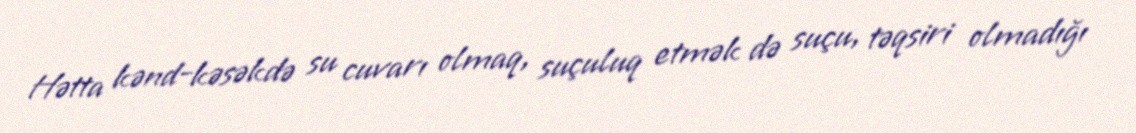
Hətta kənd-kəsəkdə su cuvarı olmaq, suçuluq etmək də suçu, təqsiri olmadığı